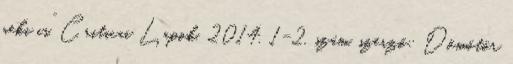
neki is”, Criticai Lapok, 2014. 1-2. szám, szerző: Dömötör